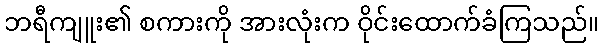
ဘရီကျူး၏ စကားကို အားလုံးက ဝိုင်းထောက်ခံကြသည်။